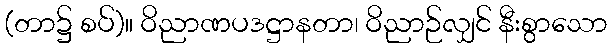
(တာ၌ စပ်)။ ဝိညာဏပဒဋ္ဌာနတာ၊ ဝိညာဉ်လျှင် နီးစွာသော